Plague in India, 1896, 1897 - Volume 3
Year: 1896
Disease focus: Plague
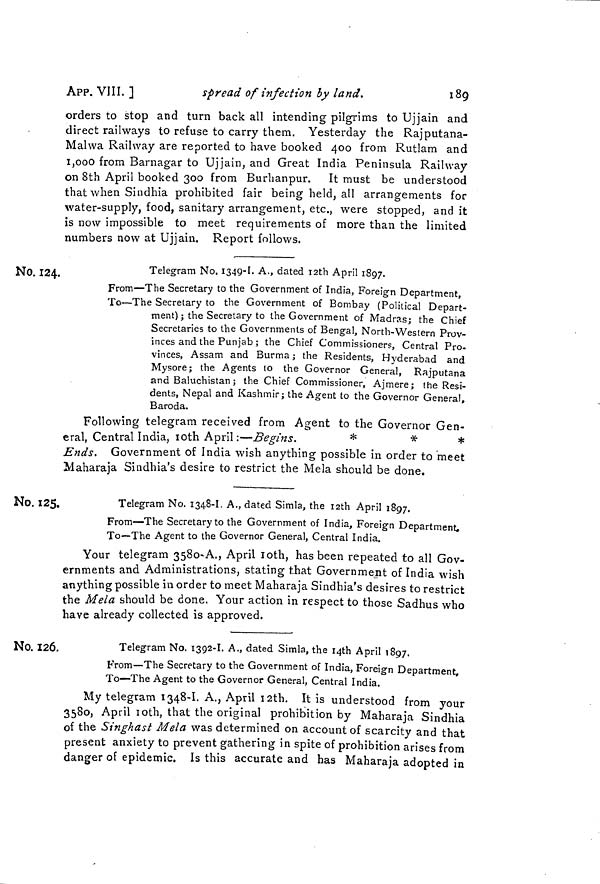
189
APP. VIII. ]
spread of infection by land.
orders to stop and turn back all intending pilgrims to Ujjain and
direct railways to refuse to carry them. Yesterday the Rajputana-
Malwa Railway are reported to have booked 400 from Rutlam and
1,000 from Barnagar to Ujjain, and Great India Peninsula Railway
on 8th April booked 300 from Burhanpur. It must be understood
that when Sindhia prohibited fair being held, all arrangements for
water-supply, food, sanitary arrangement, etc., were stopped, and it
is now impossible to meet requirements of more than the limited
numbers now at Ujjain. Report follows.
No. 124. 4.
Telegram No. I349-I- A., dated 12th April 1897.
From—The Secretary to the Government of India, Foreign Department,
To—The Secretary to the Government of Bombay (Political Depart-
ment) ; the Secretary to the Government of Madras; the Chief
Secretaries to the Governments of Bengal, North-Western Prov-
inces and the Punjab; the Chief Commissioners, Central Pro-
vinces, Assam and Burma; the Residents, Hyderabad and
Mysore; the Agents to the Governor General, Rajputana
and Baluchistan; the Chief Commissioner, Ajmere; the Resi-
dents, Nepal and Kashmir; the Agent to the Governor General,
Baroda.
Following telegram received from Agent to the Governor Gen-
eral, Central India, 10th April :—Begins.
*
Ends. Government of India wish anything possible in order to meet
Maharaja Sindhia's desire to restrict the Mela should be done.
No. 125.
Telegram No. 1348-I. A., dated Simla, the 12th April 1897.
From—The Secretary to the Government of India, Foreign Department.
To—The Agent to the Governor General, Central India.
Your telegram 358o-A., April l0th, has been repeated to all Gov-
ernments and Administrations, stating that Government of India wish
anything possible in order to meet Maharaja Sindhia's desires to restrict
the Mela should be done. Your action in respect to those Sadhus who
have already collected is approved.
No. 126.
Telegram No. 1392-1 A., dated Simla, the 1 4 th April 1897.
From—The Secretary to the Government of India, Foreign Department,
To—The Agent to the Governor General, Central India.
My telegram 1348-1. A., April 12th. It is understood from your
3580, April 10th, that the original prohibition by Maharaja Sindhia
of the Singhast Mela was determined on account of scarcity and that
present anxiety to prevent gathering in spite of prohibition arises from
danger of epidemic. Is this accurate and has Maharaja adopted in